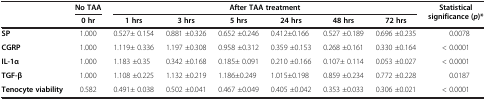
<table><thead><tr><td rowspan="2"><b> </b></td><td><b>No TAA</b></td><td colspan="6"><b>After TAA treatment</b></td><td rowspan="2"><b>Statistical significance (<i>p</i>)*</b></td></tr><tr><td><b>0 hr</b></td><td><b>1 hrs</b></td><td><b>3 hrs</b></td><td><b>5 hrs</b></td><td><b>24 hrs</b></td><td><b>48 hrs</b></td><td><b>72 hrs</b></td></tr></thead><tbody><tr><td><b>SP</b></td><td>1.000</td><td>0.527± 0.154</td><td>0.881 ±0.326</td><td>0.652 ±0.246</td><td>0.412±0.166</td><td>0.527 ±0.189</td><td>0.696 ±0.235</td><td>0.0078</td></tr><tr><td><b>CGRP</b></td><td>1.000</td><td>1.119± 0.336</td><td>1.197 ±0.308</td><td>0.958 ±0.312</td><td>0.359 ±0.153</td><td>0.268 ±0.161</td><td>0.330 ±0.164</td><td>&lt; 0.0001</td></tr><tr><td><b>IL-1α</b></td><td>1.000</td><td>1.183 ±0.35</td><td>0.342 ±0.168</td><td>0.185± 0.091</td><td>0.210 ±0.166</td><td>0.107± 0.114</td><td>0.053 ±0.027</td><td>&lt; 0.0001</td></tr><tr><td><b>TGF-β</b></td><td>1.000</td><td>1.108 ±0.225</td><td>1.132 ±0.219</td><td>1.186±0.249</td><td>1.015±0.198</td><td>0.859 ±0.234</td><td>0.772 ±0.228</td><td>0.0187</td></tr><tr><td><b>Tenocyte viability</b></td><td>0.582</td><td>0.491± 0.038</td><td>0.502 ±0.041</td><td>0.467 ±0.049</td><td>0.405 ±0.042</td><td>0.353 ±0.033</td><td>0.306 ±0.021</td><td>&lt; 0.0001</td></tr></tbody></table>